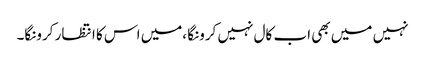
نہیں میں بھی اب کال نہیں کرونگا ،میں اس کا انتظار کرونگا۔